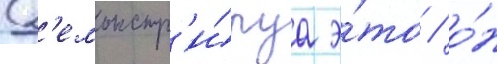
Д'емонстр'и́руа э́то / о́н